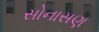
સોનાસણ